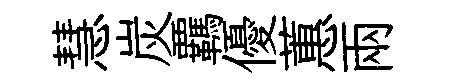
慧炭覊優蕙兩